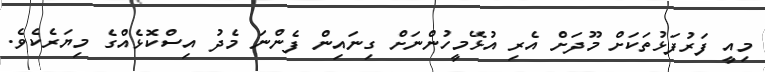
މިއީ ފަރުފަޅުތަކަށް މޫދަށް އެރި އުޅޭމީހުންނަށް ގިނައިން ފެންނަ މެދު އިސްކޮޅެއްގެ މިޔަރެކެވެ.